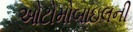
ઓટોમોબાઇલની